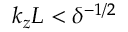
k _ { z } L < \delta ^ { - 1 / 2 }